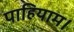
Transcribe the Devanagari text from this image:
पाहियाम।